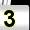
Digit: 3